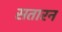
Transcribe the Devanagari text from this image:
सतारन